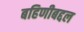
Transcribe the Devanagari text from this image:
बहिणीबद्दल